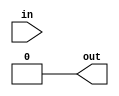
// Name:Maha Maher Mali
//ID:1200746
module comparator(out,in);
input [6:0]in;
output reg out;
always@(in)
	begin
		if(in==7'b0100100)
			out=1'b0;
		else
			out=1'b0;
		end
endmodule